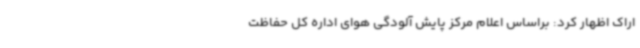
اراک اظهار کرد: براساس اعلام مرکز پایش آلودگی هوای اداره کل حفاظت